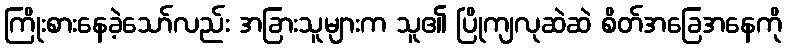
ကြိုးစားနေခဲ့သော်လည်း အခြားသူများက သူ၏ ပြိုကျလုဆဲဆဲ စိတ်အခြေအနေကို